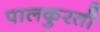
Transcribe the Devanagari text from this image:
पालकुरती